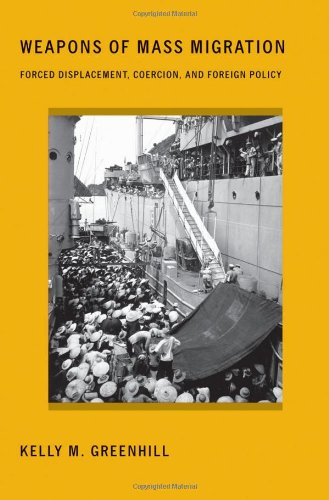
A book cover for Weapons of Mass Migration: Forced Displacement, Coercion, and Foreign Policy (Cornell Studies in Security Affairs); Kelly M. Greenhill; Politics & Social Sciences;